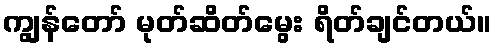
ကျွန်တော် မုတ်ဆိတ်မွေး ရိတ်ချင်တယ်။